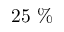
2 5 \ \%